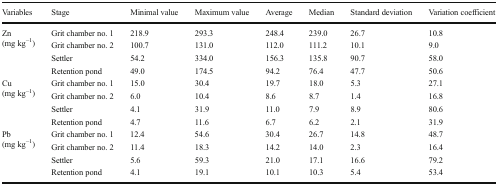
<table><thead><tr><td><b>Variables</b></td><td><b>Stage</b></td><td><b>Minimal value</b></td><td><b>Maximum value</b></td><td><b>Average</b></td><td><b>Median</b></td><td><b>Standard deviation</b></td><td><b>Variation coefficient</b></td></tr></thead><tbody><tr><td rowspan="4">Zn(mg kg<sup>−1</sup>)</td><td>Grit chamber no. 1</td><td>218.9</td><td>293.3</td><td>248.4</td><td>239.0</td><td>26.7</td><td>10.8</td></tr><tr><td>Grit chamber no. 2</td><td>100.7</td><td>131.0</td><td>112.0</td><td>111.2</td><td>10.1</td><td>9.0</td></tr><tr><td>Settler</td><td>54.2</td><td>334.0</td><td>156.3</td><td>135.8</td><td>90.7</td><td>58.0</td></tr><tr><td>Retention pond</td><td>49.0</td><td>174.5</td><td>94.2</td><td>76.4</td><td>47.7</td><td>50.6</td></tr><tr><td rowspan="4">Cu(mg kg<sup>−1</sup>)</td><td>Grit chamber no. 1</td><td>15.0</td><td>30.4</td><td>19.7</td><td>18.0</td><td>5.3</td><td>27.1</td></tr><tr><td>Grit chamber no. 2</td><td>6.0</td><td>10.4</td><td>8.6</td><td>8.7</td><td>1.4</td><td>16.8</td></tr><tr><td>Settler</td><td>4.1</td><td>31.9</td><td>11.0</td><td>7.9</td><td>8.9</td><td>80.6</td></tr><tr><td>Retention pond</td><td>4.7</td><td>11.6</td><td>6.7</td><td>6.2</td><td>2.1</td><td>31.9</td></tr><tr><td rowspan="4">Pb(mg kg<sup>−1</sup>)</td><td>Grit chamber no. 1</td><td>12.4</td><td>54.6</td><td>30.4</td><td>26.7</td><td>14.8</td><td>48.7</td></tr><tr><td>Grit chamber no. 2</td><td>11.4</td><td>18.3</td><td>14.2</td><td>14.0</td><td>2.3</td><td>16.4</td></tr><tr><td>Settler</td><td>5.6</td><td>59.3</td><td>21.0</td><td>17.1</td><td>16.6</td><td>79.2</td></tr><tr><td>Retention pond</td><td>4.1</td><td>19.1</td><td>10.1</td><td>10.3</td><td>5.4</td><td>53.4</td></tr></tbody></table>